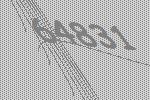
64831